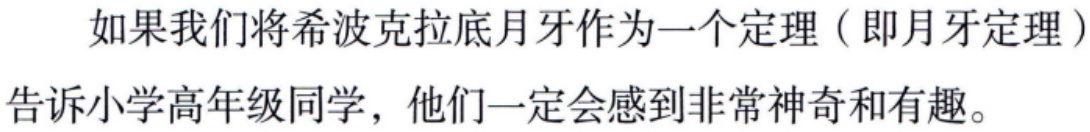
如果我们将希波克拉底月牙作为一个定理（即月牙定理）告诉小学高年级同学，他们一定会感到非常神奇和有趣。